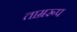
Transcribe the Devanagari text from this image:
ताम्ररूप